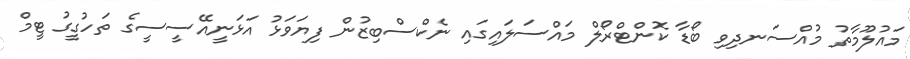
މައުލޫމާތު މުއްސަނދިވި ބޯޑާ ކޮންޓްރޯލް މައްސަލައިގައި ނެކްސްބިޒުން ފިޔަވަޅު އަޅަނީއޭސީސީގެ ތަހުގީގު ޓީމް